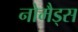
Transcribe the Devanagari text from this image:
नोमैड्स